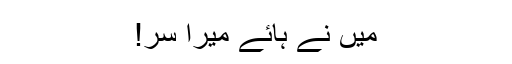
میں نے ہائے میرا سر!